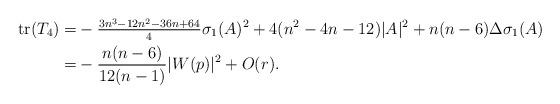
LaTeX: \begin{align*} {\rm tr}(T_4)=& -\tfrac{3n^3-12n^2-36n+64}{4}\sigma_1(A)^2+4(n^2-4n-12)|A|^2+n(n-6)\Delta\sigma_1(A)\\ =& -\frac{n(n-6)}{12(n-1)}|W(p)|^2+O(r).\end{align*}